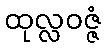
ထုလ္လဝဇ္ဇံ